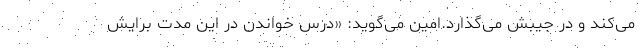
می‌کند و در جیبش می‌گذارد.امین می‌گوید: «درس خواندن در این مدت برایش